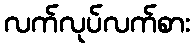
လက်လုပ်လက်စား